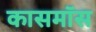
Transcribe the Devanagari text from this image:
कासमॉस